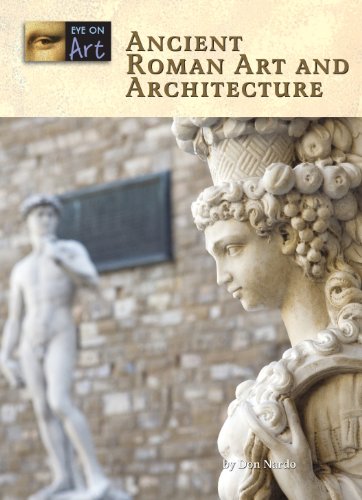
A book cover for Ancient Roman Art and Architecture (Eye on Art); Don Nardo; Teen & Young Adult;